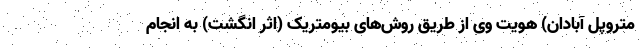
متروپل آبادان) هویت وی از طریق روش‌های بیومتریک (اثر انگشت) به انجام